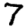
Digit: 7